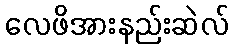
လေဖိအားနည်းဆဲလ်